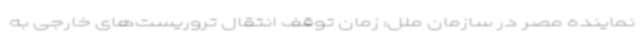
نماینده مصر در سازمان ملل: زمان توقف انتقال تروریست‌های خارجی به